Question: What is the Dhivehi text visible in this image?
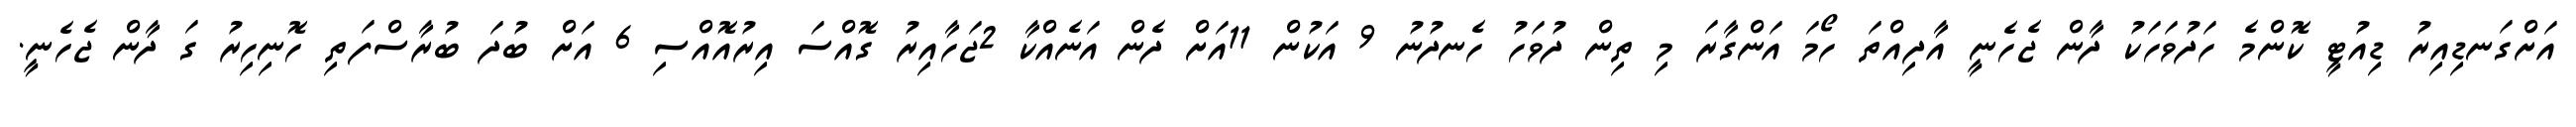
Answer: އަށްގަނޑިއިރު ޑިއުޓީ ކޮންމެ ހަދުވަހަކު ދާން ޖެހެނީ އާދިއްތަ ހޯމަ އަންގާރަ މި ތިން ދުވަހު ހެނދުނު 9 އަކުން 11އަށް ދެން އަނެއްކާ 2ޖަހާއިރު ގޮއްސަ އިރުއޮއްސި 6 އަށް ބުދަ ބުރާސްފަތި ހޮނިހިރު ގަ ދާން ޖެހެނީ.